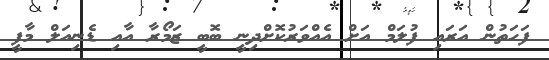
ފަހަތުން އަރައި ފުލަމް އަށް އެއްވަރުކޮށްދިނީ ބޮބީ ޒަމޯރާ އާއި ޑެނިއަލް މާފީ